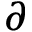
\partial